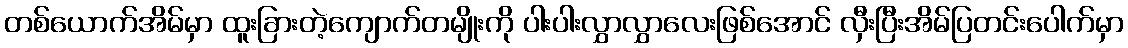
တစ်ယောက်အိမ်မှာ ထူးခြားတဲ့ကျောက်တမျိုးကို ပါးပါးလွှာလွှာလေးဖြစ်အောင် လှီးပြီးအိမ်ပြတင်းပေါက်မှာ